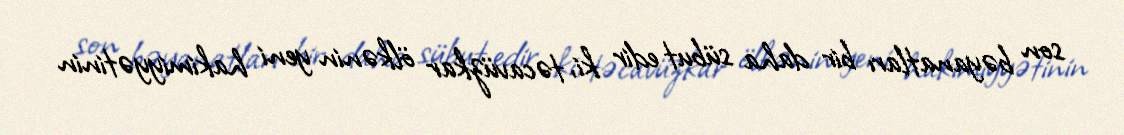
son bəyanatları bir daha sübut edir ki, təcavüzkar ölkənin yeni hakimiyyətinin